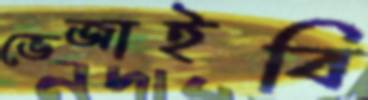
ভেজাইবি